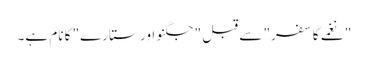
"نغمے کا سفر" سے قبل "جگنو اور ستارے" کا نام ہے۔